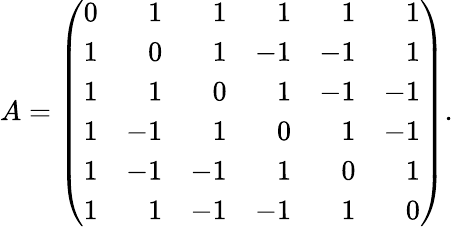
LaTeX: A=\left({\begin{array}{crrrrr}{0}&{1}&{1}&{1}&{1}&{1}\\ {1}&{0}&{1}&{-1}&{-1}&{1}\\ {1}&{1}&{0}&{1}&{-1}&{-1}\\ {1}&{-1}&{1}&{0}&{1}&{-1}\\ {1}&{-1}&{-1}&{1}&{0}&{1}\\ {1}&{1}&{-1}&{-1}&{1}&{0}\end{array}}\right).